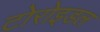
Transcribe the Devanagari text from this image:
टोरोइडल